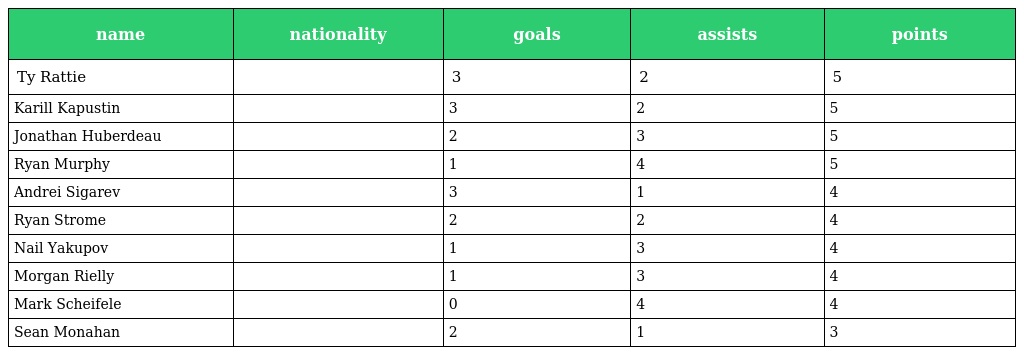
| name | nationality | goals | assists | points |
 | --- | --- | --- | --- | --- |
 | Ty Rattie |  | 3 | 2 | 5 |
 | Karill Kapustin |  | 3 | 2 | 5 |
 | Jonathan Huberdeau |  | 2 | 3 | 5 |
 | Ryan Murphy |  | 1 | 4 | 5 |
 | Andrei Sigarev |  | 3 | 1 | 4 |
 | Ryan Strome |  | 2 | 2 | 4 |
 | Nail Yakupov |  | 1 | 3 | 4 |
 | Morgan Rielly |  | 1 | 3 | 4 |
 | Mark Scheifele |  | 0 | 4 | 4 |
 | Sean Monahan |  | 2 | 1 | 3 |